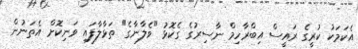
އެކަމަކު ކުރީގެ ރައީސް އިބްރާހިމް ނާސިރުގެ ގެކޮޅު "ވެލާނާގެ" ތަޅާލާފައި ވަނިކޮށް އެތަނުން